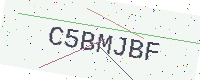
Text: C5BMJBF